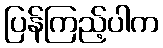
ပြန်ကြည့်ပါက